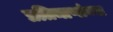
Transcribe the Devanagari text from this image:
प्रतिमाणांच्या